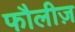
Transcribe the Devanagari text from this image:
फौलीज़